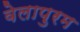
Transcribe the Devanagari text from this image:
वेलापुरम